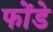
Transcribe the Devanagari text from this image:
फोंडे